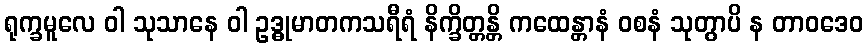
ရုက္ခမူလေ ဝါ သုသာနေ ဝါ ဥဒ္ဓုမာတကသရီရံ နိက္ခိတ္တန္တိ ကထေန္တာနံ ဝစနံ သုတွာပိ န တာဝဒေဝ